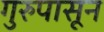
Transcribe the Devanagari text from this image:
गुरुपासून